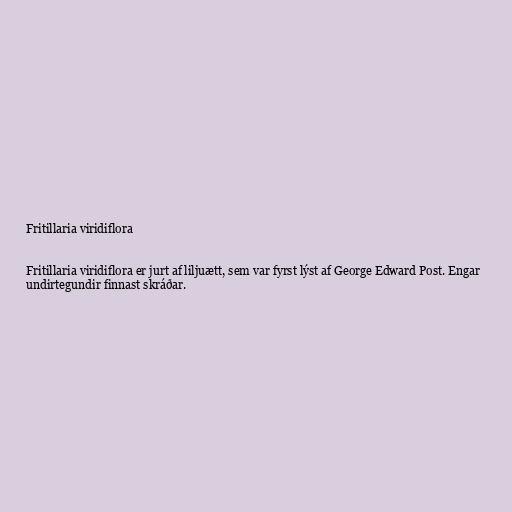
Fritillaria viridiflora

Fritillaria viridiflora er jurt af liljuætt, sem var fyrst lýst af George Edward Post. Engar
undirtegundir finnast skráðar.